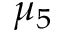
\mu _ { 5 }